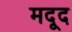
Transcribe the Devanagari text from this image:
मदूद